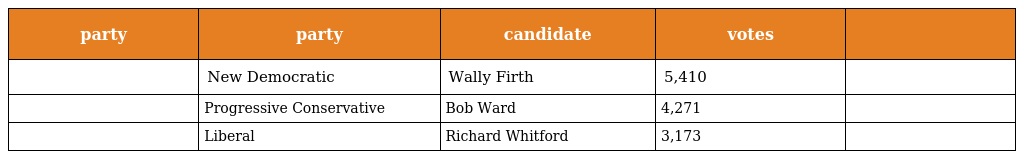
| party | party | candidate | votes |  |
 | --- | --- | --- | --- | --- |
 |  | New Democratic | Wally Firth | 5,410 |  |
 |  | Progressive Conservative | Bob Ward | 4,271 |  |
 |  | Liberal | Richard Whitford | 3,173 |  |